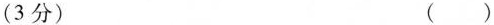
(3分) ()